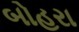
બોહરા